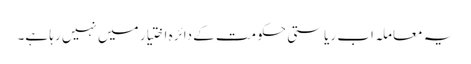
یہ معاملہ اب ریاستی حکومت کے دائرہ اختیار میں نہیں رہا ہے۔